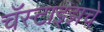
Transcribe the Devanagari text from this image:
चॅस्टाइझचे